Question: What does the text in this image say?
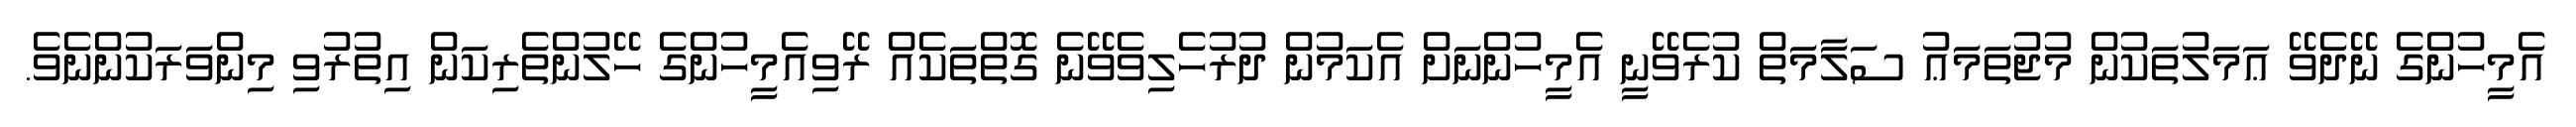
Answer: އެމީހުންގެ ނޭދެވޭ ޢަމަލުތަކުން މުޖުތަމަޢު ސަލާމަތް ކުރެވޭނީ އެމީހުންނަށް އެކަމުން ދުރުހެލިވެވޭނެ ގޮތްތަކެއް ރޭވިއެމީހުންގެ ހޭލުންތެރިކަން އިތުރުވި މިންވަރަކުންނެވެ.